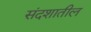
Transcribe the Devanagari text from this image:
संदशातील